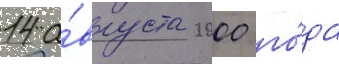
14 а́вгуста 2000 го́да